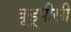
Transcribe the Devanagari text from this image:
वूडूपीसी